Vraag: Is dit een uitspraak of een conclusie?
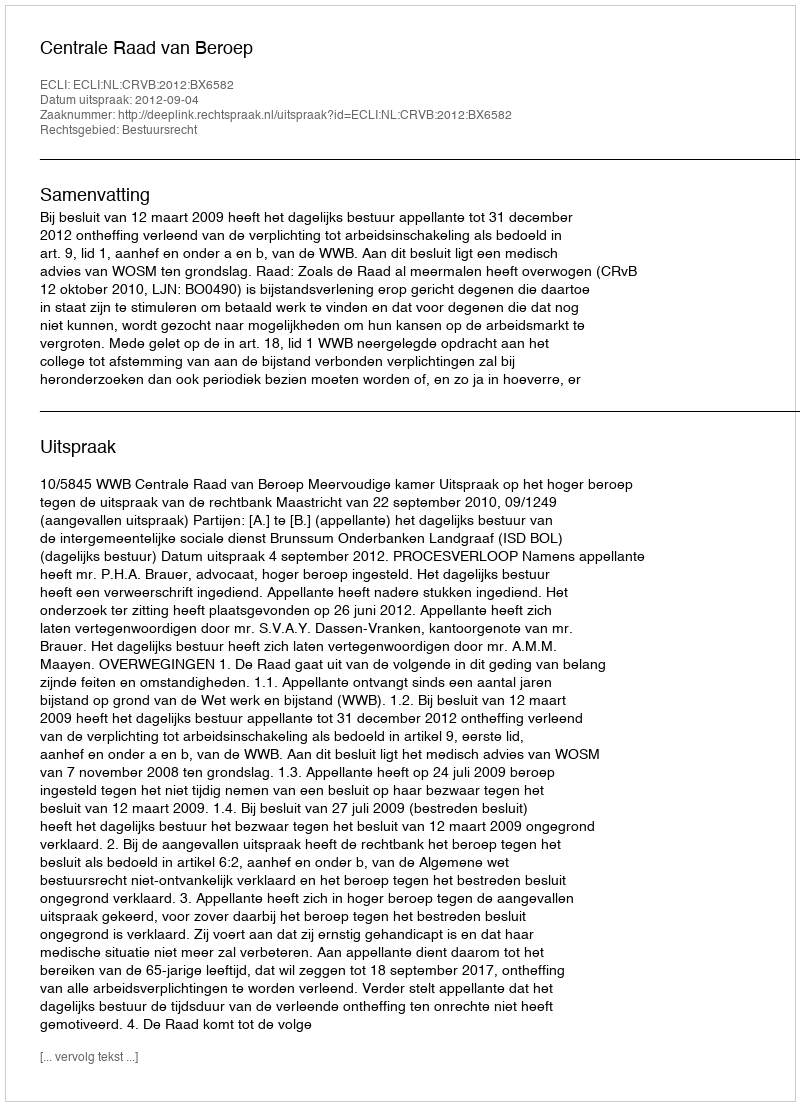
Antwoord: Uitspraak